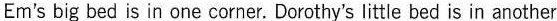
Em's big bed is in one corner. Dorothy's little bed is in another